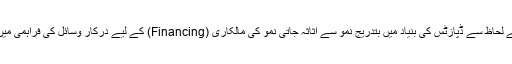
فنڈنگ کے لحاظ سے ڈپازٹس کی بنیاد میں بتدریج نمو سے اثاثہ جاتی نمو کی مالکاری (Financing) کے لیے درکار وسائل کی فراہمی میں مدد ملی۔